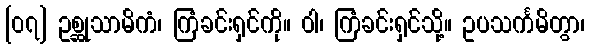
[၀၇] ဥစ္ဆုသာမိကံ၊ ကြံခင်းရှင်ကို။ ဝါ၊ ကြံခင်းရှင်သို့။ ဥပသင်္ကမိတွာ၊